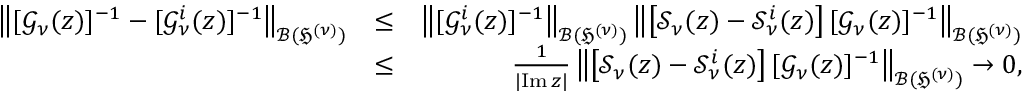
\begin{array} { r l r } { \left\| [ \mathcal { G } _ { \nu } ( z ) ] ^ { - 1 } - [ \mathcal { G } _ { \nu } ^ { i } ( z ) ] ^ { - 1 } \right\| _ { \mathcal { B } ( \mathfrak { H } ^ { ( \nu ) } ) } } & { \leq } & { \left\| [ \mathcal { G } _ { \nu } ^ { i } ( z ) ] ^ { - 1 } \right\| _ { \mathcal { B } ( \mathfrak { H } ^ { ( \nu ) } ) } \left\| \left[ \mathcal { S } _ { \nu } ( z ) - \mathcal { S } _ { \nu } ^ { i } ( z ) \right] [ \mathcal { G } _ { \nu } ( z ) ] ^ { - 1 } \right\| _ { \mathcal { B } ( \mathfrak { H } ^ { ( \nu ) } ) } } \\ & { \leq } & { \frac { 1 } { | \! \operatorname { I m } z | } \left\| \left[ \mathcal { S } _ { \nu } ( z ) - \mathcal { S } _ { \nu } ^ { i } ( z ) \right] [ \mathcal { G } _ { \nu } ( z ) ] ^ { - 1 } \right\| _ { \mathcal { B } ( \mathfrak { H } ^ { ( \nu ) } ) } \to 0 , } \end{array}